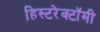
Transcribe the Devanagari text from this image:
हिस्टरेक्टॉमी